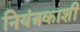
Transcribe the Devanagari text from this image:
नियंत्रकाशी